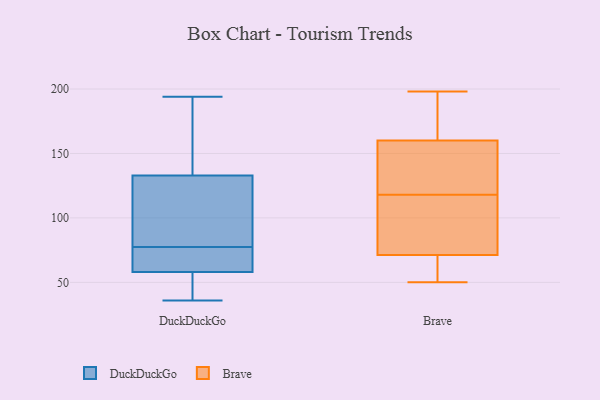
{"axis": {"x": "Temperature (°C)", "y": "Value"}, "legend": ["Brave", "DuckDuckGo"], "data": [{"x": "", "y": 60, "type": "DuckDuckGo"}, {"x": "", "y": 74, "type": "DuckDuckGo"}, {"x": "", "y": 39, "type": "DuckDuckGo"}, {"x": "", "y": 98, "type": "DuckDuckGo"}, {"x": "", "y": 194, "type": "DuckDuckGo"}, {"x": "", "y": 116, "type": "DuckDuckGo"}, {"x": "", "y": 58, "type": "DuckDuckGo"}, {"x": "", "y": 145, "type": "DuckDuckGo"}, {"x": "", "y": 133, "type": "DuckDuckGo"}, {"x": "", "y": 52, "type": "DuckDuckGo"}, {"x": "", "y": 154, "type": "DuckDuckGo"}, {"x": "", "y": 36, "type": "DuckDuckGo"}, {"x": "", "y": 81, "type": "DuckDuckGo"}, {"x": "", "y": 60, "type": "DuckDuckGo"}, {"x": "", "y": 118, "type": "Brave"}, {"x": "", "y": 135, "type": "Brave"}, {"x": "", "y": 178, "type": "Brave"}, {"x": "", "y": 183, "type": "Brave"}, {"x": "", "y": 109, "type": "Brave"}, {"x": "", "y": 129, "type": "Brave"}, {"x": "", "y": 50, "type": "Brave"}, {"x": "", "y": 101, "type": "Brave"}, {"x": "", "y": 198, "type": "Brave"}, {"x": "", "y": 72, "type": "Brave"}, {"x": "", "y": 104, "type": "Brave"}, {"x": "", "y": 184, "type": "Brave"}, {"x": "", "y": 154, "type": "Brave"}, {"x": "", "y": 69, "type": "Brave"}, {"x": "", "y": 62, "type": "Brave"}, {"x": "", "y": 139, "type": "Brave"}, {"x": "", "y": 65, "type": "Brave"}]}